Annual administration report of the Civil Veterinary Department of India - 1894-1895
Year: 1894
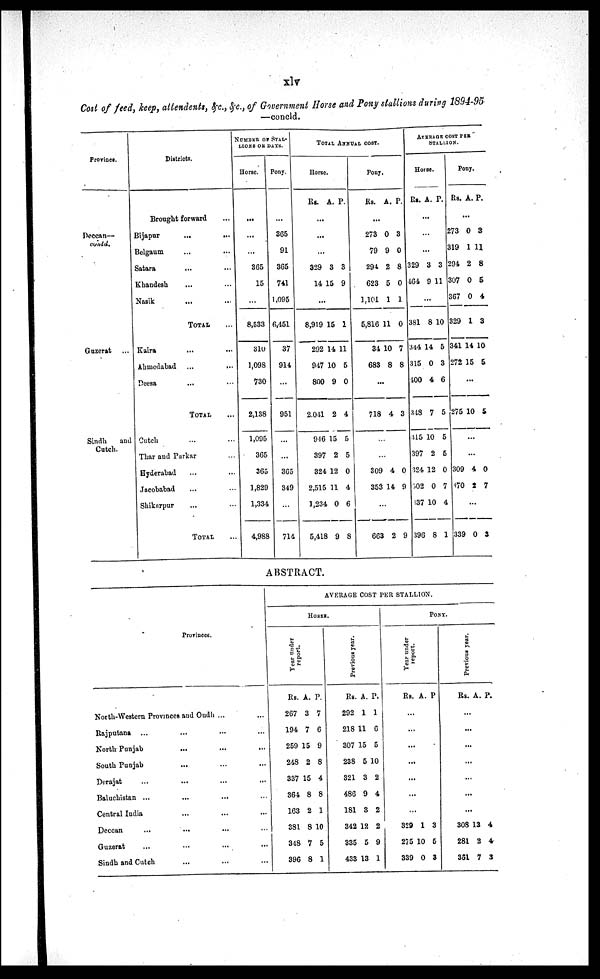
xlv
Cost of feed, keep, attendents, &c., &c., of Government Horse and Pony stallions during 1894-95
—concld.
Province.
Deccan—
contd.
Guzerat ...
Sindh
and
Catch.
Districts.
Brought forward ...
Bijapur
...
...
Belgaum ... ...
Satara ... ...
Khandesh ... ...
Nasik ... ...
TOTAL ...
Kaira ... ...
Ahmedabad ...
...
Deesa ... ...
TOTAL
Cutch ... ...
Thar and Purkar ...
Hyderabad ... ...
Jacobabad ... ...
Shikarpur ... ...
TOTAL ...
NUMBER OF STAL-
LIONS OR DAYS.
Horse.
...
...
...
365
15
...
8,533
310
1,098
730
2,138
1,095
365
365
1,829
1,334
4,988
Pony.
...
365
91
365
741
1,095
6,451
37
914
...
951
...
...
365
349
...
714
TOTAL
ANNUAL COST.
Horse.
Rs. A. P.
...
...
...
329
14
3
15
3
9
...
8,919
292
947
800
2.041
946
397
324
2,515
1,234
5,418
15
14
10
9
2
15
2
12
11
0
9
1
11
5
0
4
5
5
0
4
6
8
Pony.
Rs. A. P.
...
273
79
294
623
1,101
5,816
34
683
0
9
2
5
1
11
10
8
3
0
8
0
1
0
7
8
...
718 4 3
...
...
309
353
4
14
0
9
...
663 2 9
AVERAGE
STALLION
COST PER.
Horse.
Rs. A. P.
...
...
...
329
464
3
9
3
11
...
381
344
315
400
348
315
397
324
502
637
396
8
14
0
4
7
10
2
12
0
10
8
10
5
3
6
5
5
5
0
7
4
1
Pony.
Rs. A. P.
...
273
319
294
307
367
329
341
272
0
1
2
0
0
1
14
15
3
11
8
5
4
3
10
5
...
275 10 5
...
...
309
370
4
2
0
7
...
339 0 3
ABSTRACT.
Provinces.
North-Western Provinces and Oudh ... ...
Rajputana ... ... ... ...
North Punjab
... ... ...
South Punjab ... ... ...
Derajat ... ... ... ...
Baluchistan ... ... ... ...
Central India ... ... ...
Deccan ... ... ... ...
Guzerat ... ... ... ...
Sindh and Cutch ... ... ...
AVERAGE COST PER STALLION.
HORSE.
Year under
report.
Rs.
267
194
259
248
337
364
163
381
348
396
A.
3
7
15
2
15
8
2
8
7
8
P.
7
6
9
8
4
8
1
10
5
1
Previous year.
Rs.
292
218
307
238
321
486
181
342
335
433
A.
1
11
15
5
3
9
3
12
5
13
P.
1
6
5
10
2
4
2
2
9
1
PONY.
Year under
report.
Rs. A. P
...
...
...
...
...
...
...
329
275
339
1
10
0
3
5
3
Previous year .
Rs. A. P.
...
...
...
...
...
...
...
308
281
361
13
2
7
4
4
3